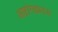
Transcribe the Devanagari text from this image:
अष्टांगह्मदय